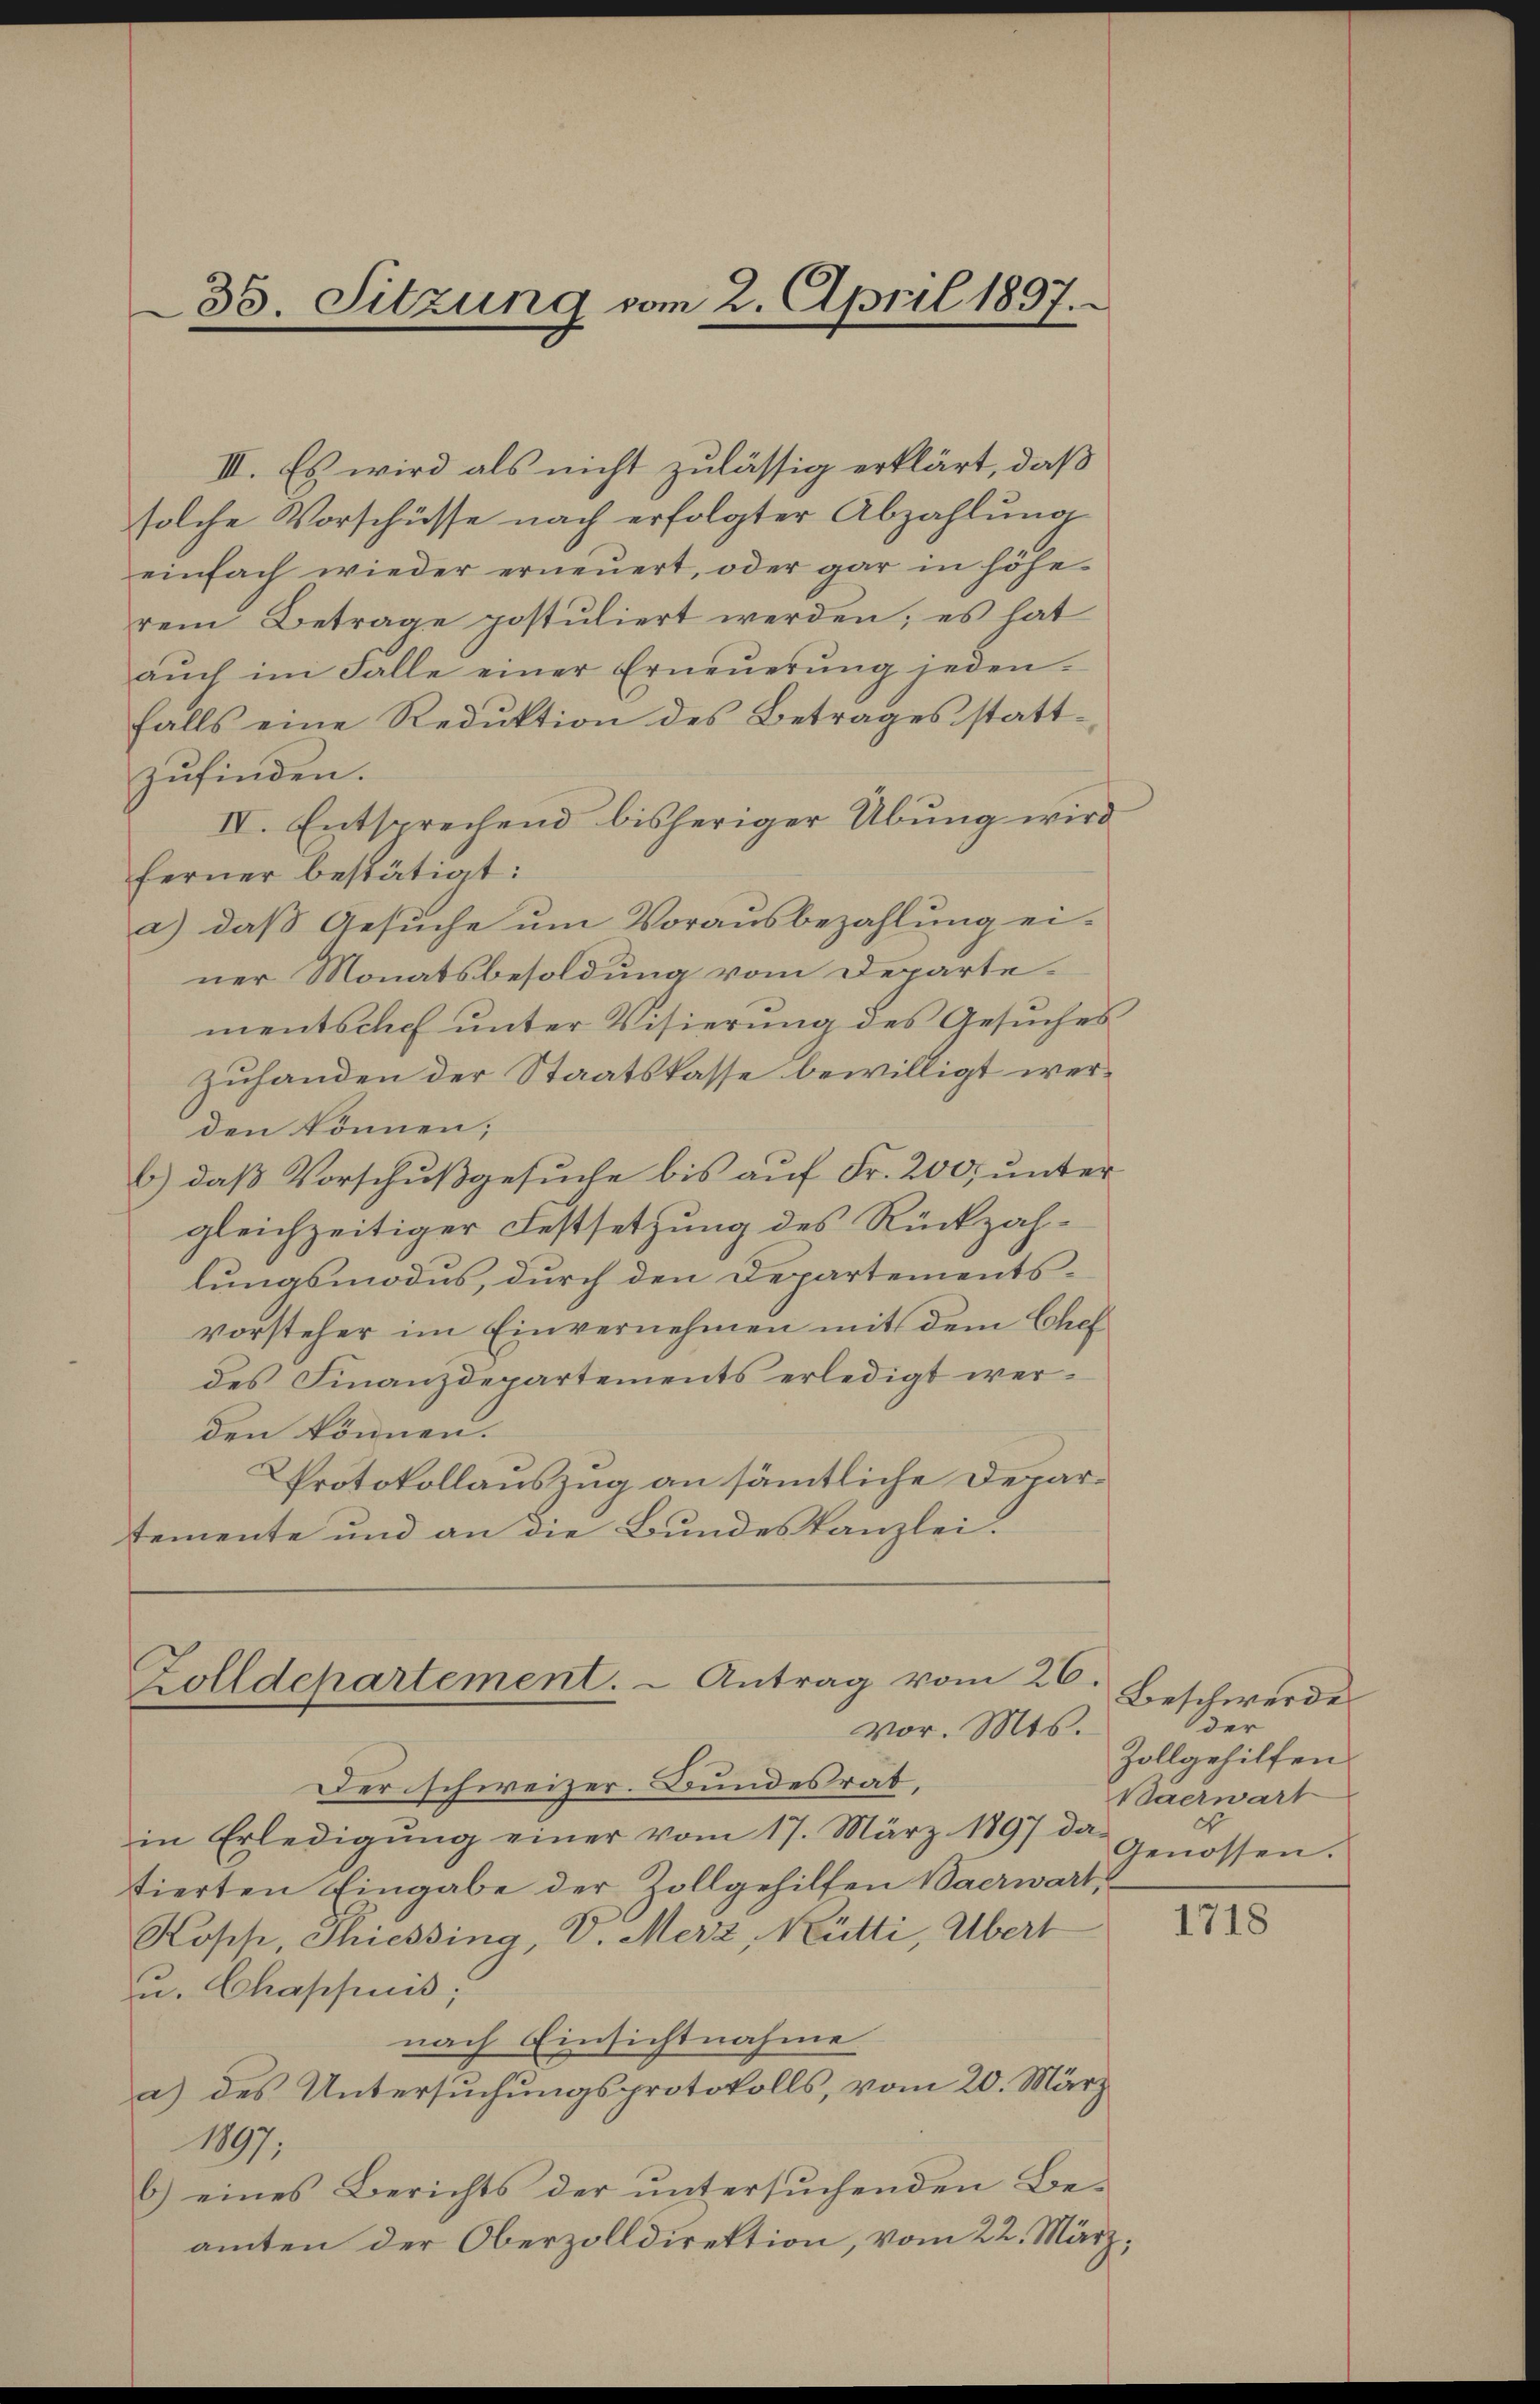
35. Sitzung vom 2. April 1897.

III. Es wird als nicht zulässig erklärt, daß
solche Vorschüsse nach erfolgter Abzahlŭng
einfach wieder erneuert, oder gar in höhe
rem Betrage postuliert werden; es hat
aŭch im Falle einer Erneŭerŭng jeden.
falls eine Reduktion des Betrages stattzufinden.
IV. Entsprechend bisheriger Übung wird
ferner bestätigt:
a) daβ Gesŭche ŭm Vorausbezahlŭng ei-
ner Monatsbesoldung vom Departe.
mentssach unter Visierung des Gesuches
zuhanden der Staatskasse bewilligt werden können;
b.) daß Vorschußgesuche bis auf Fr. 200, unter
gleichzeitiger Festsetzung des Rückzahlungsmodus, durch den Departementsvorsteher im Einvernehmen mit dem Chef
des Finanzdepartements erledigt werden können.
Protokollauszug an sämmtliche Departemente und an die Bundeskanzlei.

Zolldepartement. - Antrag vom 26.
vor. Mts.

Der schweizer. Bundesrat,
in Erledigŭng einer vom 17. März 1897 da
tierten Eingabe der Zollgehilfen Baerwart,
Kopp, Shiessing, V. Merz, Rütti, Übert
u. Chappuis;
nach Einsichtnahme
a) des Untersuchungsprotokolls, vom 20. März
1897.
b) eines Berichts der untersuchenden Be-
amten der Oberzolldirektion, vom 22. März,

Beschwerde
der
Zollgehilfen.
Baerwart
Genossen.

1718